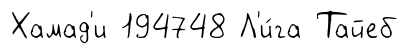
Хамад'и 194748 Л'и́га Тайеб